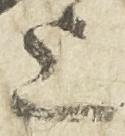
上